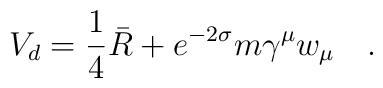
V_d=\frac 14 \bar{R}+e^{-2\sigma}m\gamma^\mu w_\mu~~~.